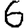
Digit: 6